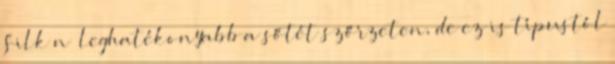
Silk’n™ leghatékonyabb a sőtét szőrzeten, de ez is típustól